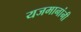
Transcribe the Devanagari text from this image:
यजमानांनी